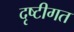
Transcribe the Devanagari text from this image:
दृष्टीगत